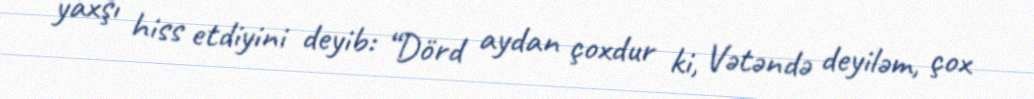
yaxşı hiss etdiyini deyib: “Dörd aydan çoxdur ki, Vətəndə deyiləm, çox